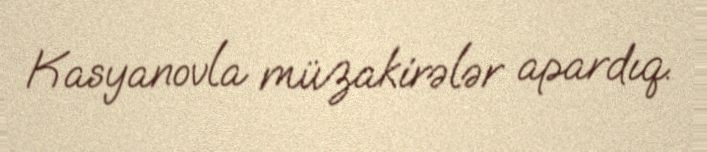
Kasyanovla müzakirələr apardıq.